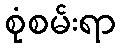
စုံစမ်းရာ